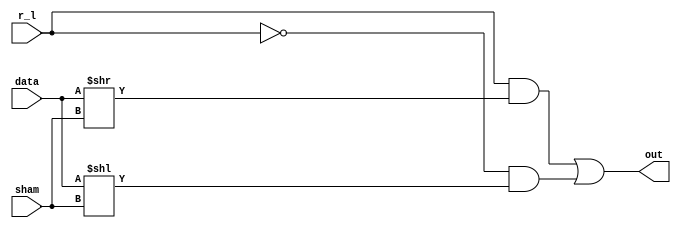
module barrel_shifter #(parameter W=32) (input [W-1:0] data,sham,input r_l,output [W-1:0] out);

assign out=(r_l&(data>>sham))|(~r_l&(data<<sham));

endmodule